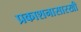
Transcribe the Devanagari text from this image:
प्रकाशनासारखी